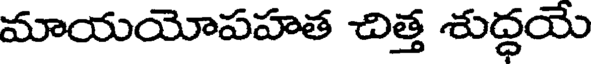
మాయయోపహత చిత్త శుద్ధయే